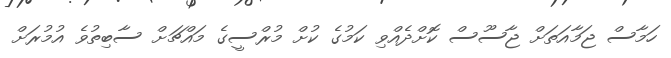
ހަމާސް ޖަމާއަތަށް ޖާސޫސް ކޮށްދެއްވި ކަމުގެ ކުށް މުރްސީގެ މައްޗަށް ސާބިތުވެ އުމުރަށް